Voisiku_vallavalitsus, lk 32
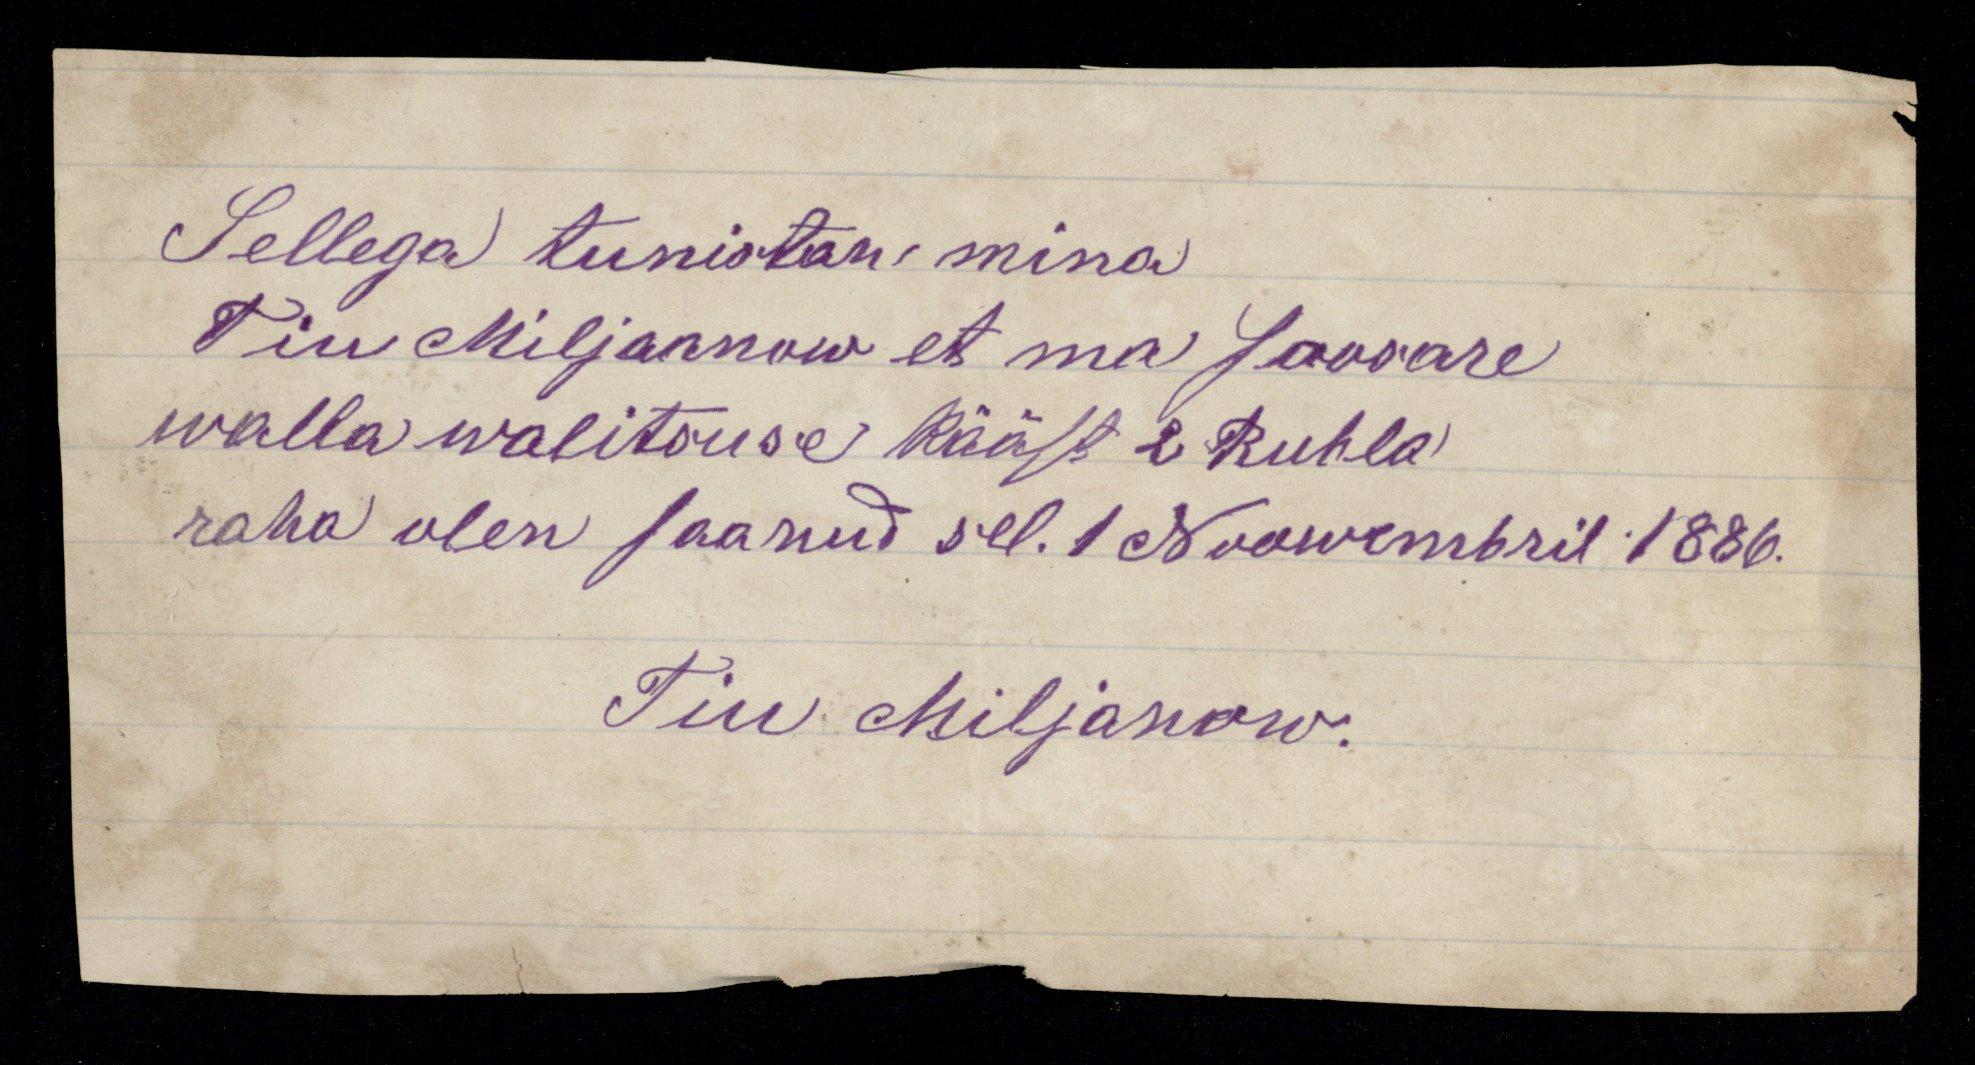
Sellega tunistan mina
Tiu Miljannow et ma Soosare
walla walitsuse kääst 2 Rubla
raha olen saanud sel. 1 Nowembril 1886.
Tiu Miljanow.